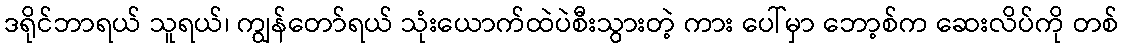
ဒရိုင်ဘာရယ် သူရယ်၊ ကျွန်တော်ရယ် သုံးယောက်ထဲပဲစီးသွားတဲ့ ကား ပေါ်မှာ ဘော့စ်က ဆေးလိပ်ကို တစ်